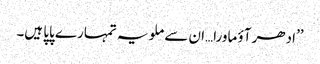
’’ادھر آؤ ماورا…ان سے ملو یہ تمہارے پاپا ہیں۔